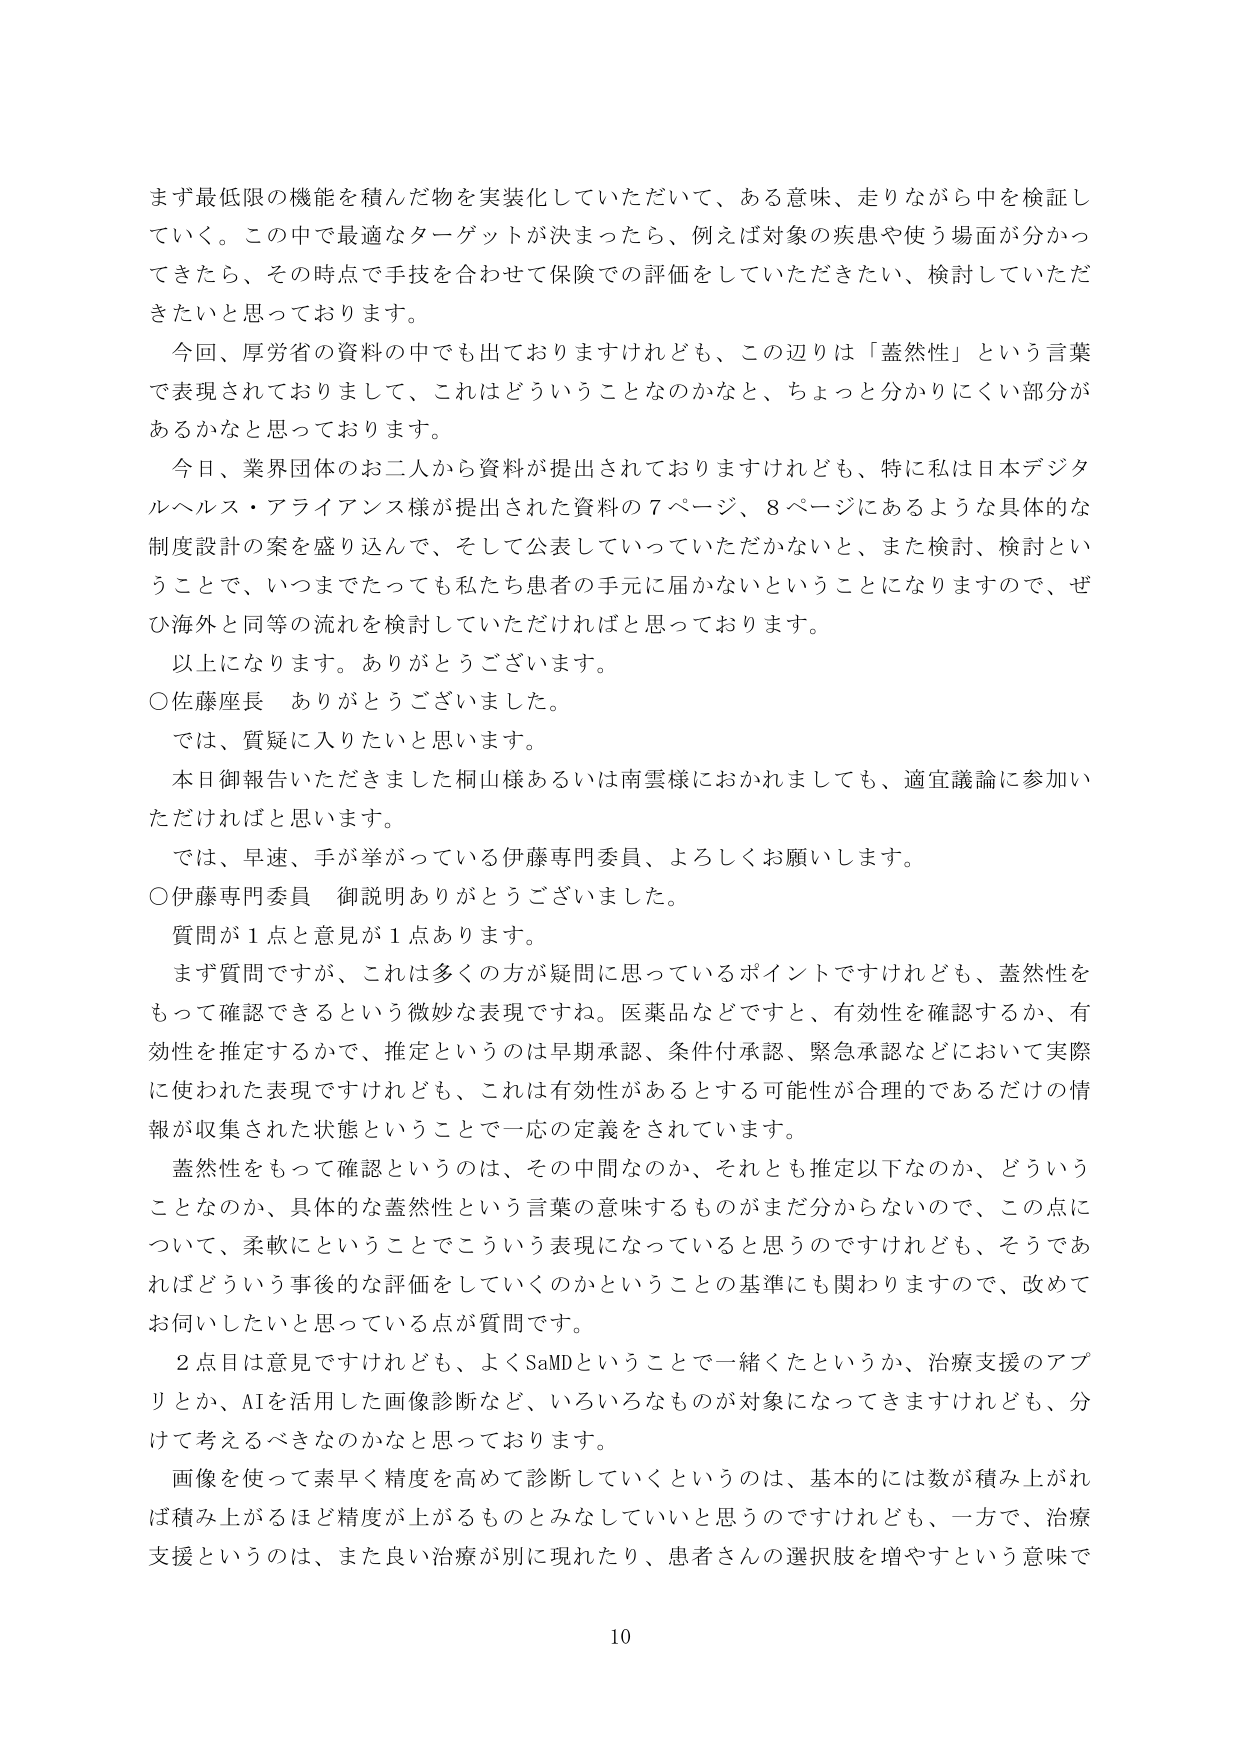
まず最低限の機能を積んだ物を実装化していただいて、ある意味、走りながら中を検証していく。この中で最適なターゲットが決まったら、例えば対象の疾患や使う場面が分かってきたら、その時点で手技を合わせて保険での評価をしていただきたい、検討していただきたいと思っております。

今回、厚労省の資料の中でも出ておりますけれども、この辺りは「蓋然性」という言葉で表現されておりまして、これはどういうことなのかなと、ちょっと分かりにくい部分があるかなと思っております。

今日、業界団体のお二人から資料が提出されておりますけれども、特に私は日本デジタルヘルス・アライアンス様が提出された資料の7ページ、8ページにあるような具体的な制度設計の案を盛り込んで、そして公表していっていただかないと、また検討、検討ということで、いつまでたっても私たち患者の手元に届かないということになりますので、ぜひ海外と同等の流れを検討していただければと思っております。

以上になります。ありがとうございます。

○佐藤座長　ありがとうございます。

では、質疑に入りたいと思います。

本日御報告いただきました桐山様あるいは南雲様におかれましても、適宜議論に参加いただければと思います。

では、早速、手が挙がっている伊藤専門委員、よろしくお願いします。

○伊藤専門委員　御説明ありがとうございました。

質問が1点と意見が1点あります。

まず質問ですが、これは多くの方が疑問に思っているポイントですけれども、蓋然性をもって確認できるという微妙な表現ですね。医薬品などですと、有効性を確認するか、有効性を推定するかで、推定というのは早期承認、条件付承認、緊急承認などにおいて実際に使われた表現ですけれども、これは有効性があるとする可能性が合理的であるだけの情報が収集された状態ということで一応の定義をされています。

蓋然性をもって確認というのは、その中間なのか、それとも推定以下なのか、どういうことなのか、具体的な蓋然性という言葉の意味するものがまだ分からないので、この点について、柔軟にということでこういう表現になっていると思うのですけれども、そうであればどういう事後的な評価をしていくのかということの基準にも関わりますので、改めてお伺いしたいと思っている点が質問です。

2点目は意見ですけれども、よくSaMDということで一緒くたというか、治療支援のアプリとか、AIを活用した画像診断など、いろいろなものが対象になってきますけれども、分けて考えるべきなのかなと思っております。

画像を使って素早く精度を高めて診断していくというのは、基本的には数が積み上がれば積み上がるほど精度が上がるものとみなしていいと思うのですけれども、一方で、治療支援というのは、また良い治療が別に現れたり、患者さんの選択肢を増やすという意味で

10